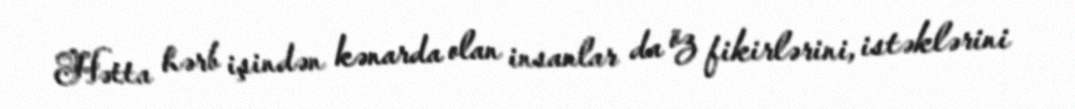
Hətta hərb işindən kənarda olan insanlar da öz fikirlərini, istəklərini